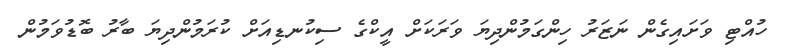
ހުއްޓި ވަށައިގެން ނަޒަރު ހިންގަމުންދިޔަ ވަރަކަށް އީކްގެ ސިކުނޑިއަށް ކުރަމުންދިޔަ ބާރު ބޮޑުވަމުން